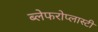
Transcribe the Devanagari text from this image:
ब्लेफरोप्लास्टी